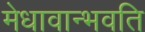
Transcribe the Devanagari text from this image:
मेधावान्भवति